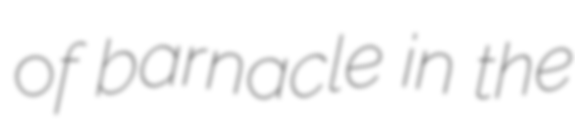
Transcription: of barnacle in the